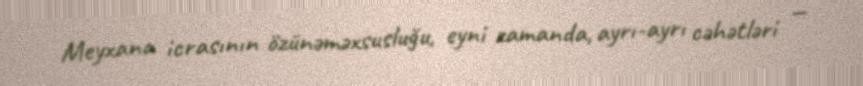
Meyxana icrasının özünəməxsusluğu, eyni zamanda, ayrı-ayrı cəhətləri —